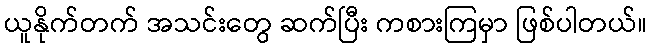
ယူနိုက်တက် အသင်းတွေ ဆက်ပြီး ကစားကြမှာ ဖြစ်ပါတယ်။